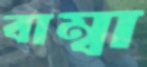
বাম্বা